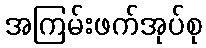
အကြမ်းဖက်အုပ်စု